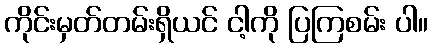
ကိုင်းမှတ်တမ်းရှိယင် ငါ့ကို ပြကြစမ်း ပါ။